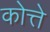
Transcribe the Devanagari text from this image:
कोत्ते